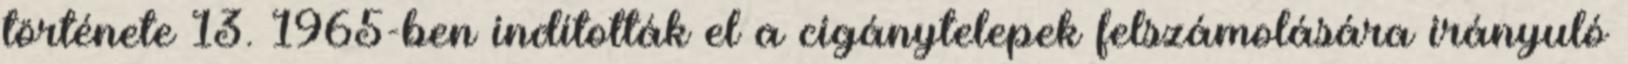
története 13. 1965-ben indították el a cigánytelepek felszámolására irányuló